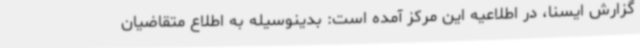
گزارش ایسنا، در اطلاعیه این مرکز آمده است: بدینوسیله به اطلاع متقاضیان